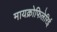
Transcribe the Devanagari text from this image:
मायक्रोफिलेरिई